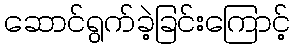
ဆောင်ရွက်ခဲ့ခြင်းကြောင့်